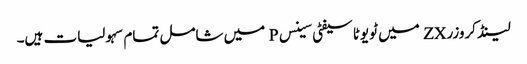
لینڈ کروزر ZX میں ٹویوٹا سیفٹی سینس P میں شامل تمام سہولیات ہیں۔